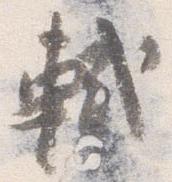
軾